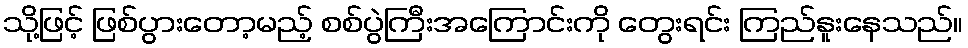
သို့ဖြင့် ဖြစ်ပွားတော့မည့် စစ်ပွဲကြီးအကြောင်းကို တွေးရင်း ကြည်နူးနေသည်။